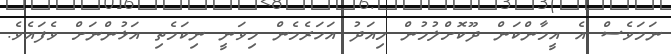
ނަމަވެސް އެ އީމާންކަން ދޫކޮށްލުމުން މިއަދު އަހަރެމެން މިވަނީ ނިކަމެތި އަޅުންނަށް ވެފައެވެ.